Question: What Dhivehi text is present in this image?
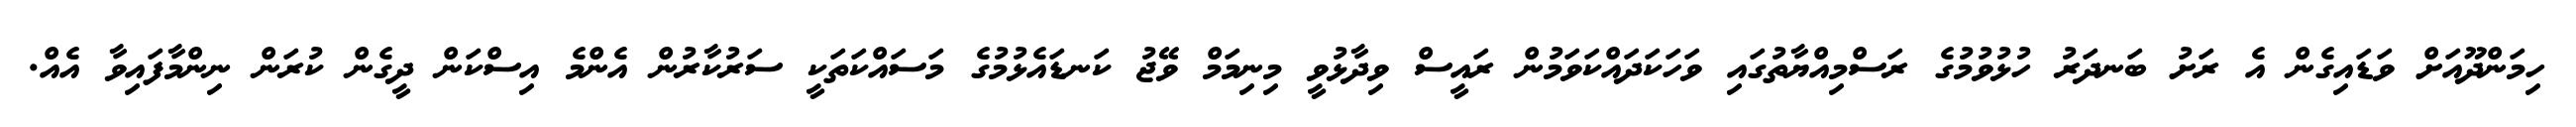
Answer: ހިމަންދޫއަށް ވަޑައިގެން އެ ރަށު ބަނދަރު ހުޅުވުމުގެ ރަސްމިއްޔާތުގައި ވަހަކަދައްކަވަމުން ރައީސް ވިދާޅުވީ މިނިމަމް ވޭޖު ކަނޑައެޅުމުގެ މަސައްކަތަކީ ސަރުކާރުން އެންމެ އިސްކަން ދީގެން ކުރަން ނިންމާފައިވާ އެއް.